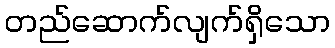
တည်ဆောက်လျက်ရှိသော